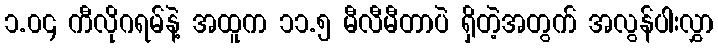
၁.၀၄ ကီလိုဂရမ်နဲ့ အထူက ၁၁.၅ မီလီမီတာပဲ ရှိတဲ့အတွက် အလွန်ပါးလွှာ